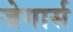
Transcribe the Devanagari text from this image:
जेगार्स